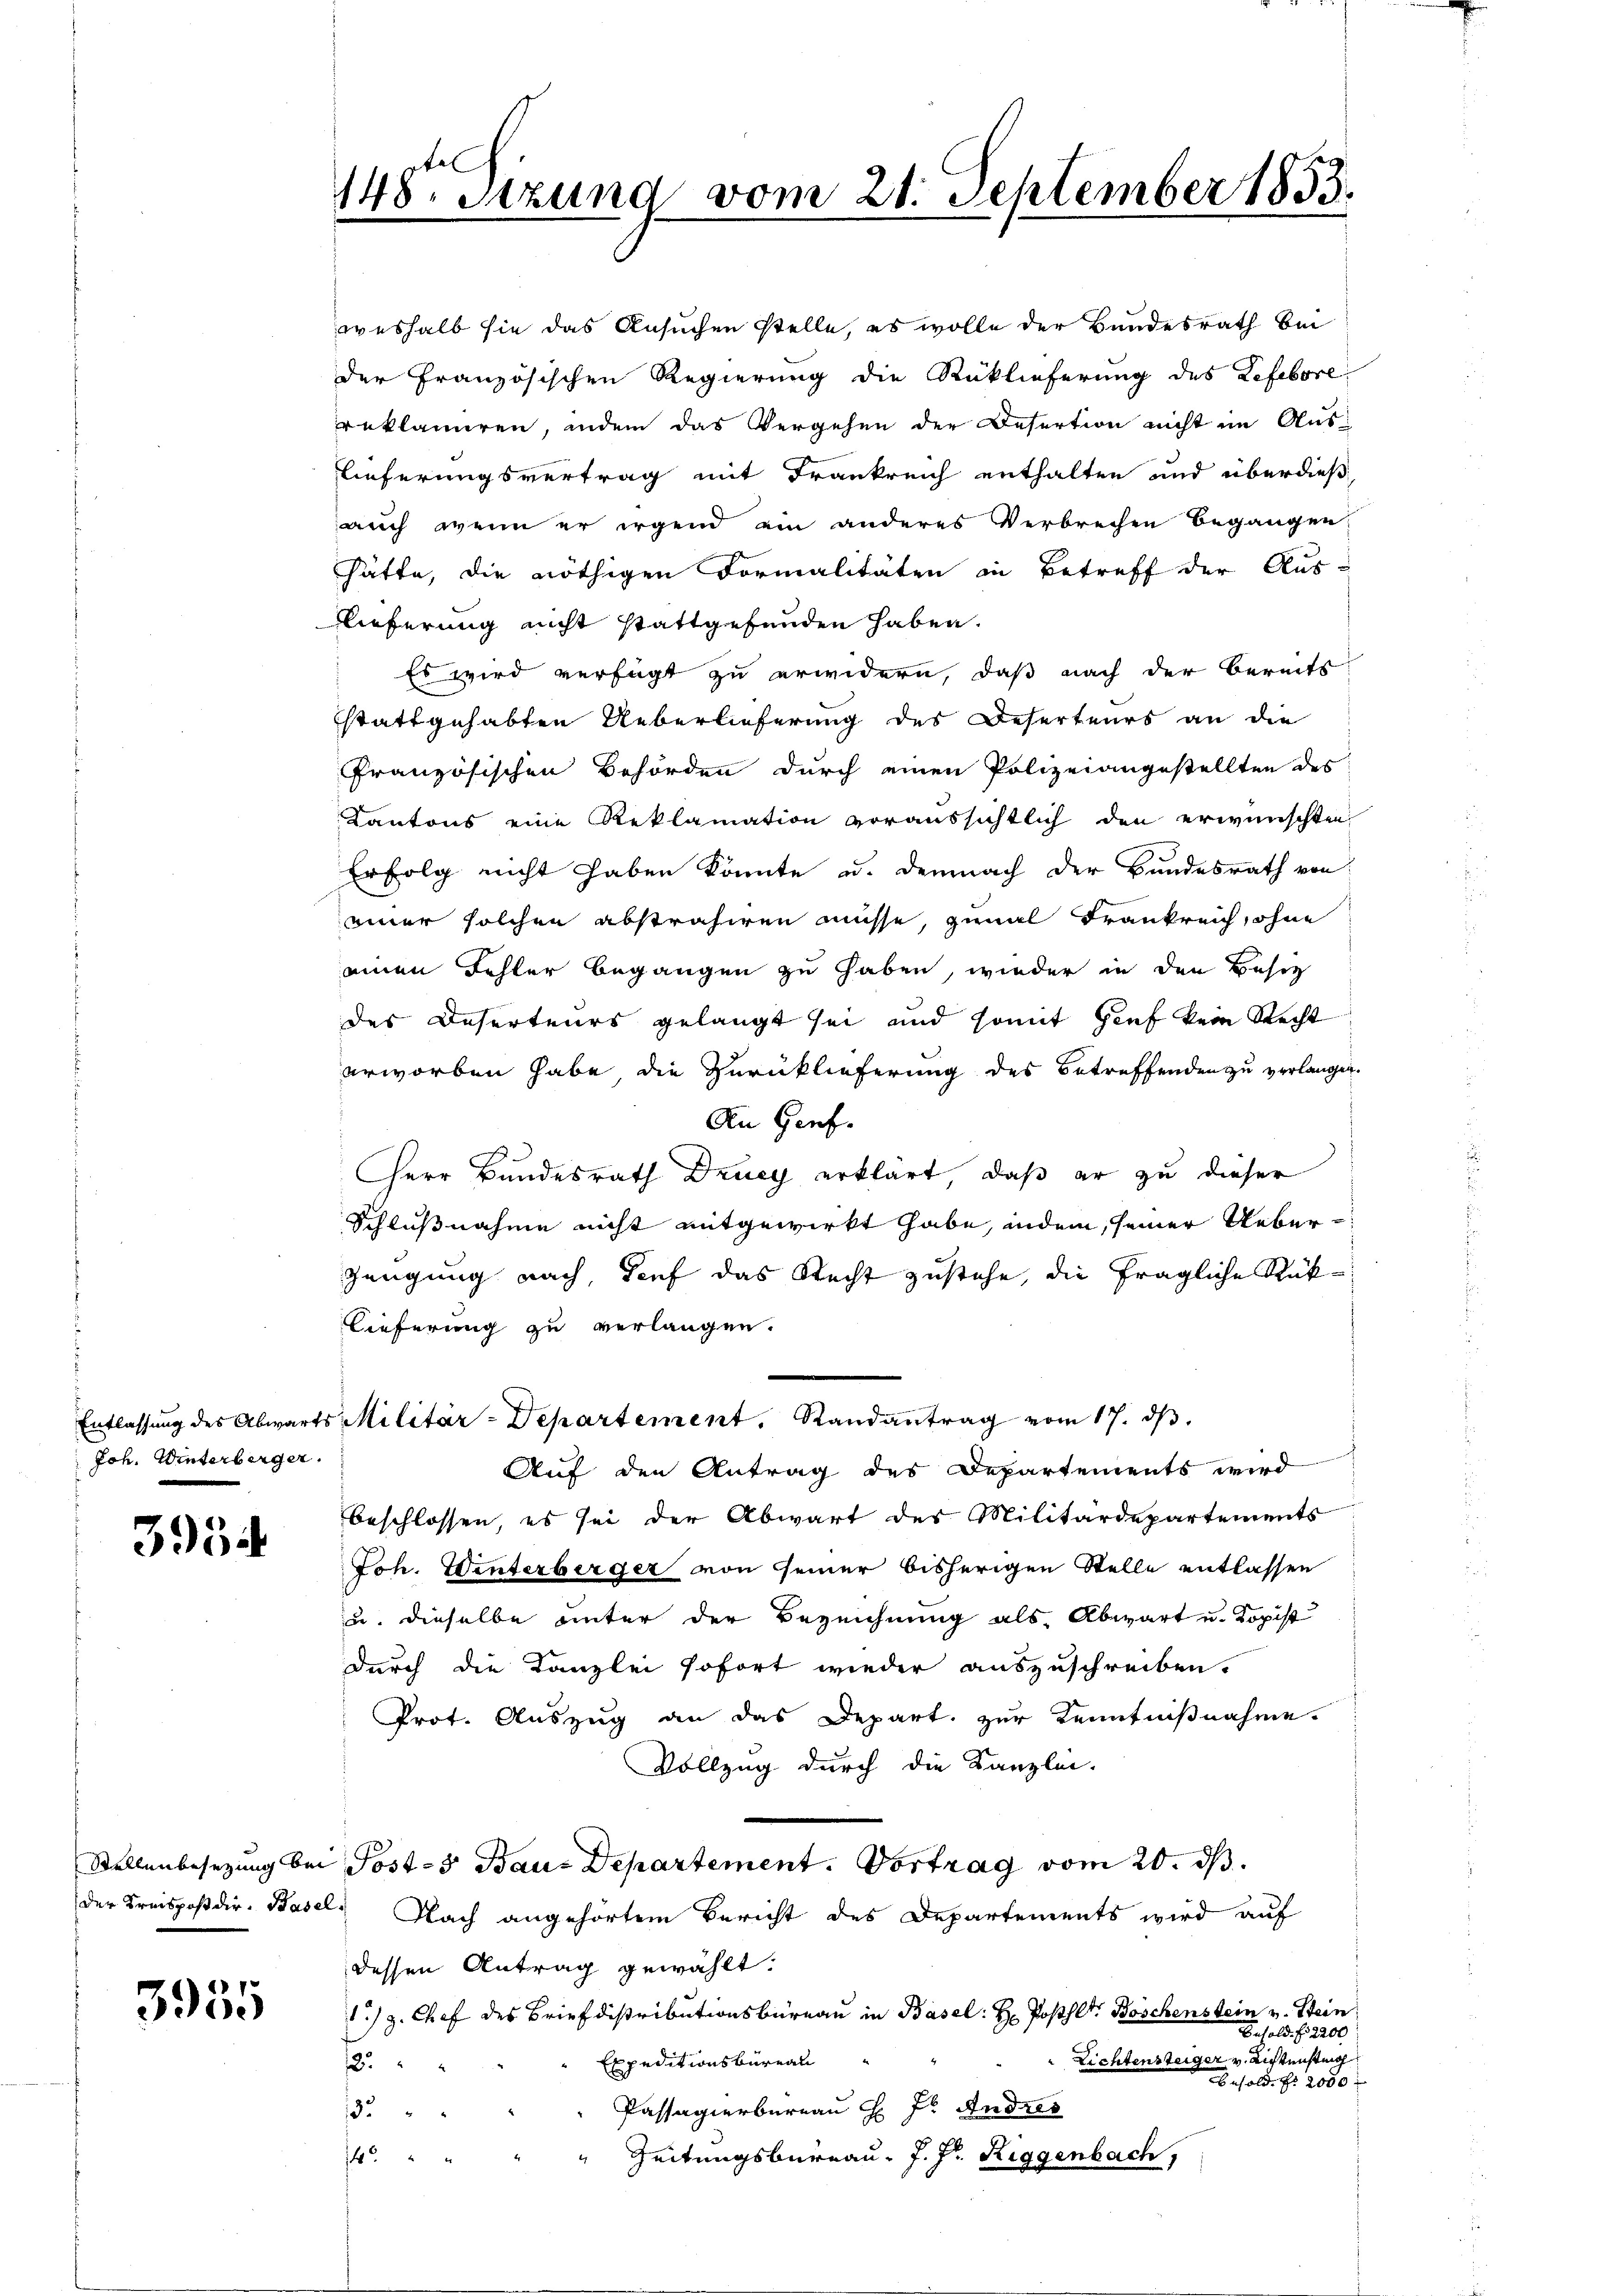
Joh. Winterberger.

3954

3955

148. Sizung vom 21. September 1833.

weshalb sie das Ansuchen stelle, es wolle der Bundesrath bei
der Französischen Regierung die Rücklieferung des Refebore
reklamiren, indem das Vergehen der Desertion nicht im Aus¬
Lieferungsvertrag mit Frankreich enthalten und überdieß,
auch wenn er irgend ein anderes Verbrechen begangen,
hätte, die nöthigen Formalitäten in Betreff der Aus¬
Lieferung nicht stattgefunden haben.
Es wird verfügt zu erwidern, daß nach der bereits
stattgehabten Ueberlieferung des Deserteurs an die
französischen Behörden durch einen Polizeiangestellten des
Kantons eine Reklamation voraussichtlich den erwünschten
Erfolg nicht haben könnte u. demnach der Bundesrath von
einer solchen abstrahiren müsse, zumal Frankreich, ohne
einen Schler begangen zu haben, wieder in den Besit
des Deserteurs gelangt sei, und somit Hiuf kein Recht
erworben habe die Zurücklieferung des Betreffenden zu verlangen.
An Genf.
Herr Bundesrath Druey erklärt, daß er zu dieser
Schlußnahme nicht mitgewirkt habe, indem, seiner Ueber¬
Zeugung nach, Senf das Recht zustehe, die fragliche Rük¬
Lieferung zu verlangen.
Entlassŭng des Abwarts Militär-Departement. Randantrag vom 17. dβ.
Auf den Antrag des Departements wird
beschlossen, es sei der Abwart des Militärdepartements
Joh. Winterberger von seiner bisherigen Stelle entlassen
u. dieselbe unter der Bezeichnung als Abwart u. Kopist
durch die Kanzlei sofort wieder auszuschreiben.
Prot. Auszug an das Depart zur Kenntnißnahme.
Vollzug durch die Kanzlei-
Stellenbesetzung bei Post-3 Bau-Departement. Vortrag vom 20. ds.
der Kreispostdir. Basel. Nach angehörtem Bericht des Departements wird auf
dessen Antrag gewählt:
1) z. Chef des Brief distributionsbüreau in Basel: H. Posthlt. Böschenstein v. Stein
Besold. f. 2200
Lichtensteiger v. Richtensteig
Expeditionsbüreau
.
Besold. Nr. 2000
Passagierbargau d. J. Andres
132
" Zeitungsbureau, J. J. Riggenbach,